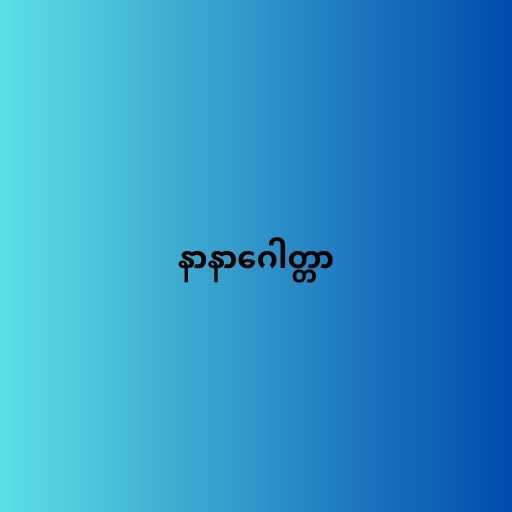
နာနာဂေါတ္တာ